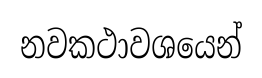
නවකථාවශයෙන්